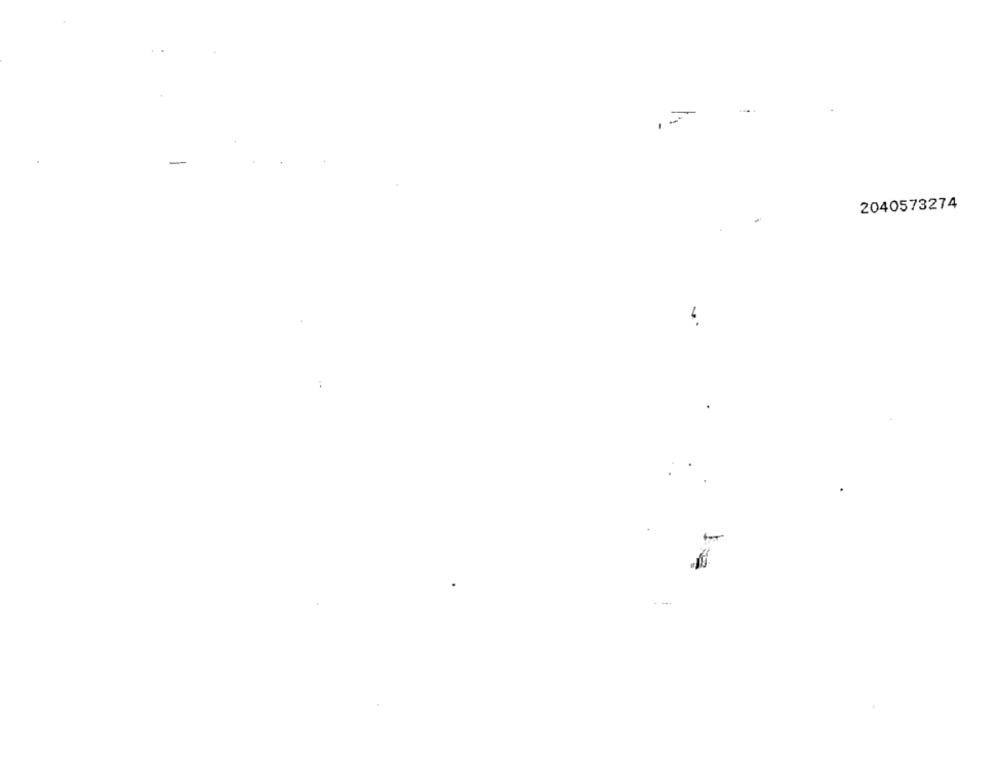
-
2040573274
-